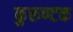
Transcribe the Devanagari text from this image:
कुरुण्टक